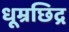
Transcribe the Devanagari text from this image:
धूम्रछिद्र